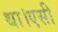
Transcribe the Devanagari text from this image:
था।एसी